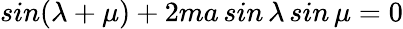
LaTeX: sin(\lambda+\mu)+2ma\, sin\, \lambda\, sin\, \mu=0